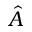
\hat { A }